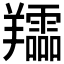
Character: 𦏪